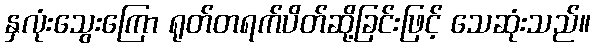
နှလုံးသွေးကြော ရုတ်တရက်ပိတ်ဆို့ခြင်းဖြင့် သေဆုံးသည်။